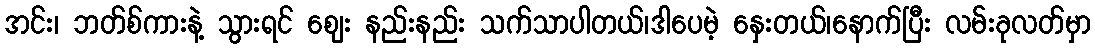
အင်း၊ ဘတ်စ်ကားနဲ့ သွားရင် ဈေး နည်းနည်း သက်သာပါတယ်၊ဒါပေမဲ့ နှေးတယ်၊နောက်ပြီး လမ်းခုလတ်မှာ